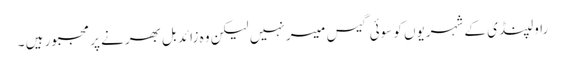
راولپنڈی کے شہریوں کو سوئی گیس میسر نہیں لیکن وہ زائد بل بھرنے پر مجبور ہیں ۔